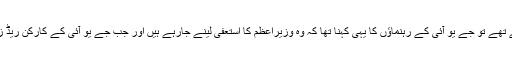
خیبرپختونخوا سے قافلے جب اسلام آباد کی جانب روانہ ہورہے تھے تو جے یو آئی کے رہنماؤں کا یہی کہنا تھا کہ وہ وزیراعظم کا استعفیٰ لینے جارہے ہیں اور جب جے یو آئی کے کارکن ریڈ زون کی جانب جائیں گے تو وزیراعظم کو استعفیٰ دینا پڑے گا۔